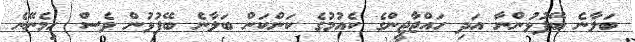
ބަލާނެ ބޭފުޅުންނާ އަދި ހައްޖާޖީންގެ ކެއުމުގެ ކަންކަން ބަލާނެ ބޭފުޅުން ވެސް ހިމެނޭނެ